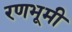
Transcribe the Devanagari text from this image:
रणभूमी